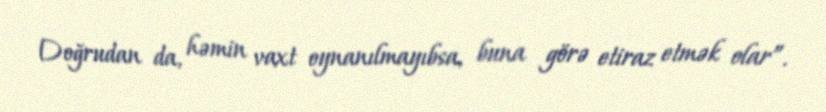
Doğrudan da, həmin vaxt oynanılmayıbsa, buna görə etiraz etmək olar”.